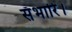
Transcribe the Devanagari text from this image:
सँभारि।